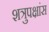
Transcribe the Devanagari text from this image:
शत्रुपक्षांस